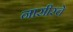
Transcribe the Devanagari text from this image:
नासीरचे